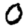
Digit: 0